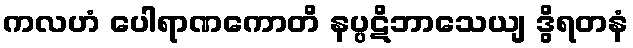
ကလဟံ ပေါရာဏကောတိ နပ္ပဋိဘာသေယျ ဒွိရတနံ